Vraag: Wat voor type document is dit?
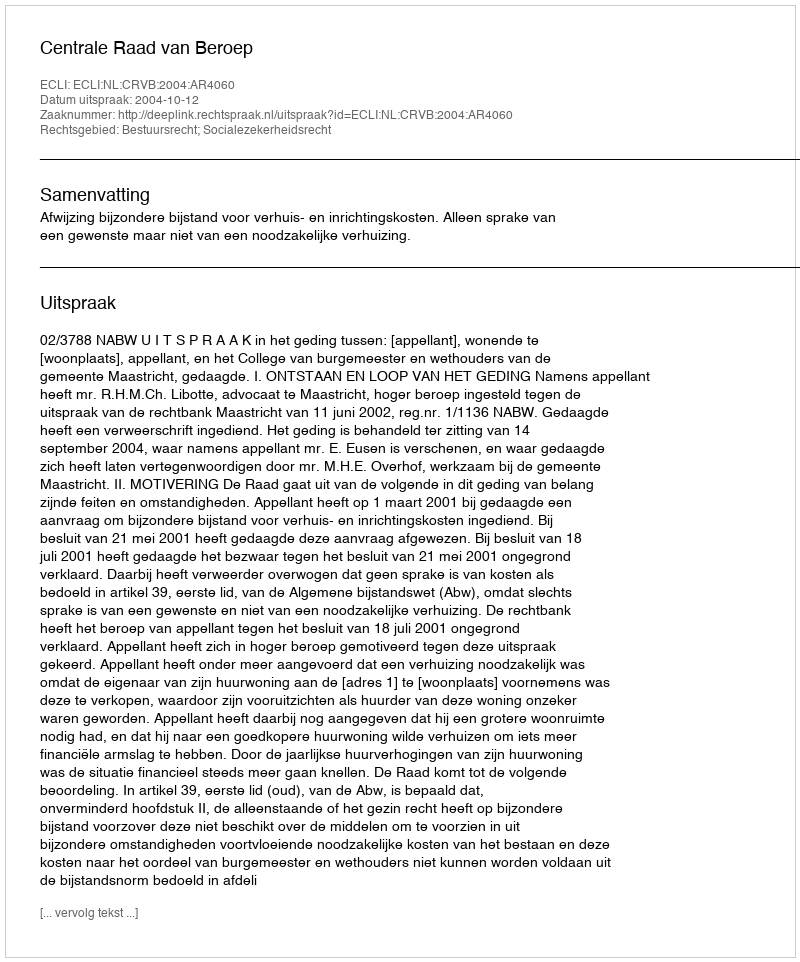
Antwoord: Uitspraak